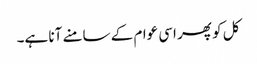
کل کو پھر اسی عوام کے سامنے آنا ہے۔